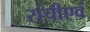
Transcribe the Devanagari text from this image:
रांचीएवं